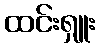
ထင်းရှူး